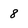
Character: 8